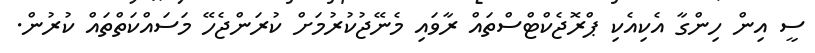
ސީ އިން ހިންގާ އެކިއެކި ޕްރޮޖެކްޓްސްތައް ރާވައި މެނޭޖުކުރުމަށް ކުރަންޖެހޭ މަސައްކަތްތައް ކުރުން.